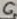
Text: 6